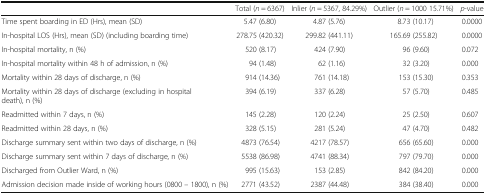
|  | Total (n = 6367) | Inlier (n = 5367, 84.29%) | Outlier (n = 1000 15.71%) | p-value |
 | --- | --- | --- | --- | --- |
 | Time spent boarding in ED (Hrs), mean (SD) | 5.47 (6.80) | 4.87 (5.76) | 8.73 (10.17) | 0.0000 |
 | In-hospital LOS (Hrs), mean (SD) (including boarding time) | 278.75 (420.32) | 299.82 (441.11) | 165.69 (255.82) | 0.0000 |
 | In-hospital mortality, n (%) | 520 (8.17) | 424 (7.90) | 96 (9.60) | 0.072 |
 | In-hospital mortality within 48 h of admission, n (%) | 94 (1.48) | 62 (1.16) | 32 (3.20) | 0.000 |
 | Mortality within 28 days of discharge, n (%) | 914 (14.36) | 761 (14.18) | 153 (15.30) | 0.353 |
 | Mortality within 28 days of discharge (excluding in hospital death), n (%) | 394 (6.19) | 337 (6.28) | 57 (5.70) | 0.485 |
 | Readmitted within 7 days, n (%) | 145 (2.28) | 120 (2.24) | 25 (2.50) | 0.607 |
 | Readmitted within 28 days, n (%) | 328 (5.15) | 281 (5.24) | 47 (4.70) | 0.482 |
 | Discharge summary sent within two days of discharge, n (%) | 4873 (76.54) | 4217 (78.57) | 656 (65.60) | 0.000 |
 | Discharge summary sent within 7 days of discharge, n (%) | 5538 (86.98) | 4741 (88.34) | 797 (79.70) | 0.000 |
 | Discharged from Outlier Ward, n (%) | 995 (15.63) | 153 (2.85) | 842 (84.20) | 0.000 |
 | Admission decision made inside of working hours (0800 – 1800), n (%) | 2771 (43.52) | 2387 (44.48) | 384 (38.40) | 0.000 |